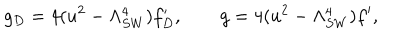
g _ { D } = 4 ( u ^ { 2 } - \Lambda _ { S W } ^ { 4 } ) f _ { D } ^ { \prime } , \qquad g = 4 ( u ^ { 2 } - \Lambda _ { S W } ^ { 4 } ) f ^ { \prime } ,